Report on the cultivation and use of ganja
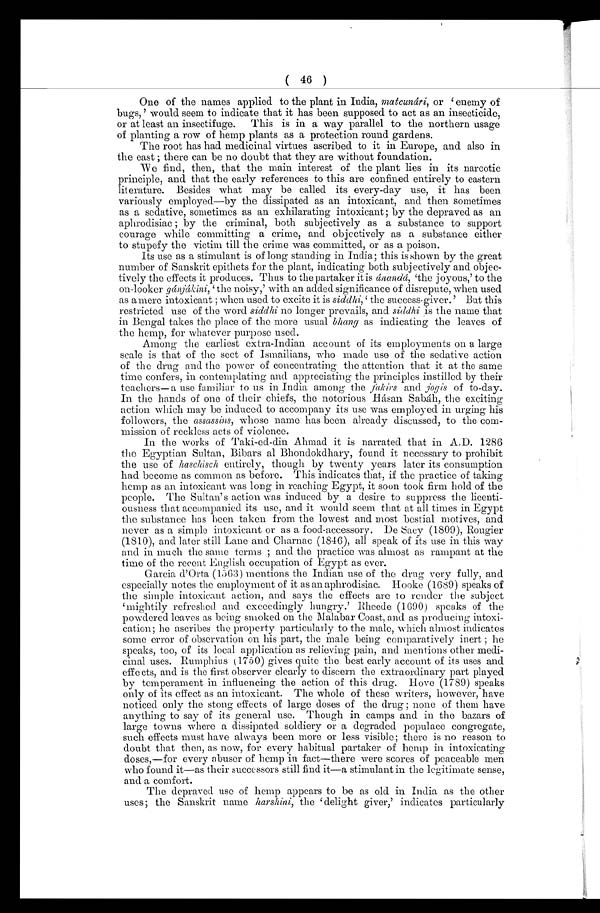
( 46 )
One of the names applied to the plant in India, matcunári, or enemy of
bugs, ' would seem to indicate that it has been supposed to act as an insecticide,
or at least an insectifuge. This is in a way parallel to the northern usage
of planting a row of hemp plants as a protection round. gardens.
The root has had medicinal virtues ascribed to it in Europe, and also in
the east ; there can be no doubt that they are without foundation.
We find, then, that the main interest of the plant lies in its narcotic
principle, and that the early references to this are confined entirely to eastern
literature. Besides what may be called. its every-day use, it has been
variously employed—by the dissipated as an intoxicant, and then sometimes
as a sedative, sometimes as an exhilarating intoxicant ; by the depraved as an
aphrodisiac ; by the criminal, both subjectively as a substance to support
courage while committing a crime, and objectively as a substance either
to stupefy the victim till the crime was committed, or as a poison.
Its use as a stimulant is of long standing in India; this is shown by the great
number of Sanskrit epithets for the plant, indicating both subjectively and objec-
tively the effects it produces. Thus to the partaker it is ánandá, 'the joyous,' to the
on-looker gánjákini,' the noisy,' with an added significance of disrepute, when used
as a mere intoxicant ; when used to excite it is siddhi,' the success-giver.' But this
restricted use of the word siddhi no longer prevails, and siddhi is the name that
in Bengal takes the place of the more usual bhang as indicating the leaves of
the hemp, for whatever purpose used.
Among the earliest extra-Indian account of its employments on a large
scale is that of the sect of Ismailians, who made use of the sedative action
of the drug and the power of concentrating the attention that it at the same
time confers, in contemplating and appreciating the principles instilled by their
teachers—a use familiar to us in India among the fakirs and jogis of to-day.
In the hands of one of their chiefs, the notorious Hásan Sabáh, the exciting
action which may be induced to accompany its use was employed in urging his
followers, the assassins, whose name has been already discussed, to the com-
mission of reckless acts of violence.
In the works of Taki-ed-din Ahmad it is narrated that in A.D. 1286
the Egyptian Sultan, Bibars al Bhondokdhary, found it necessary to prohibit
the use of haschisch entirely, though by twenty years later its consumption
had become as Common as before. This indicates that, if the practice of taking
hemp as an intoxicant was long in reaching Egypt, it soon took firm hold of the
people. The Sultan's action was induced by a desire to suppress the licenti-
ousness that accompanied its use, and it would seem that at all times in Egypt
the substance has been taken from the lowest and most bestial motives, and
never as a simple intoxicant or as a food-accessory. De Sacy (1809), Rougier
(1810), and later still Lane and Charnac (1846), all speak of its use in this way
and in much the same terms ; and the practice was almost as rampant at the
time of the recent English occupation of Egypt as ever.
Garcia cl'Orta (1563) mentions the Indian use of the drug very fully, and
especially notes the employment of it as an aphrodisiac. Hooke (1689) speaks of
the simple intoxicant action, and says the effects are to render the subject
mightily refreshed and exceedingly hungry.' Rheede (1690) speaks of the
powdered leaves as being smoked on the Malabar Coast, and as producing intoxi-
cation; he ascribes the property particularly to the male, which almost indicates
some error of observation on his part, the male being comparatively inert ; he
speaks, too, of its local application as relieving pain, and mentions other medi-
cinal uses. Rumphius (1750) gives quite the best early account of its uses and
effects, and is the first observer clearly to discern the extraordinary part played
by temperament in influencing the action of this drug. Hove (1789) speaks
only of its effect as an intoxicant. The whole of these writers, however, have
noticed only the stong effects of large doses of the drug ; none of them have
anything to say of its general use. Though in camps and in the bazars of
large towns where a dissipated soldiery or a degraded populace congregate,
such effects must have always been more or less visible; there is no reason to
doubt that then, as now, for every habitual partaker of hemp in intoxicating
doses,—for every abuser of hemp in fact—there were scores of peaceable men
who found it—as their successors still find it—a stimulant in the legitimate sense,
and a comfort.
The depraved use of hemp appears to be as old in India as the other
uses; the Sanskrit name harshini, the 'delight giver,' indicates particularly